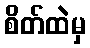
စိတ်ထဲမှ